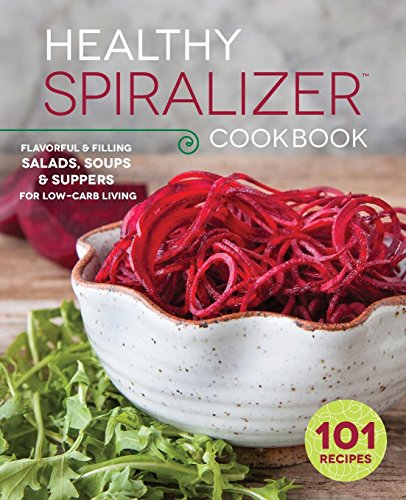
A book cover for Healthy Spiralizer Cookbook: Flavorful and Filling Salads, Soups, Suppers, and More for Low-Carb Living; Rockridge Press; Cookbooks, Food & Wine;